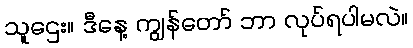
သူဌေး။ ဒီနေ့ ကျွန်တော် ဘာ လုပ်ရပါမလဲ။